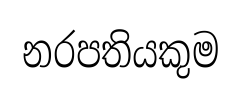
නරපතියකුම